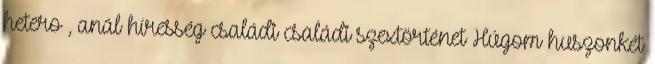
hetero , anál híresség családi családi szextörténet Húgom huszonkét